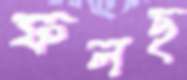
ফলছ